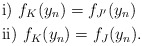
\begin{align*}&\mathrm{i)}\,\, f_K(y_n)=f_{J'}(y_n)\\&\mathrm{ii)}\,\, f_K(y_n)=f_{J}(y_n).\end{align*}